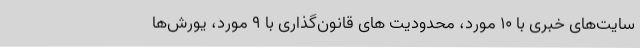
سایت‌های خبری با 10 مورد، محدودیت های قانون‌گذاری با 9 مورد، یورش‌ها